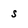
Character: S